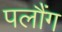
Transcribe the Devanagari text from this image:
पलौंग